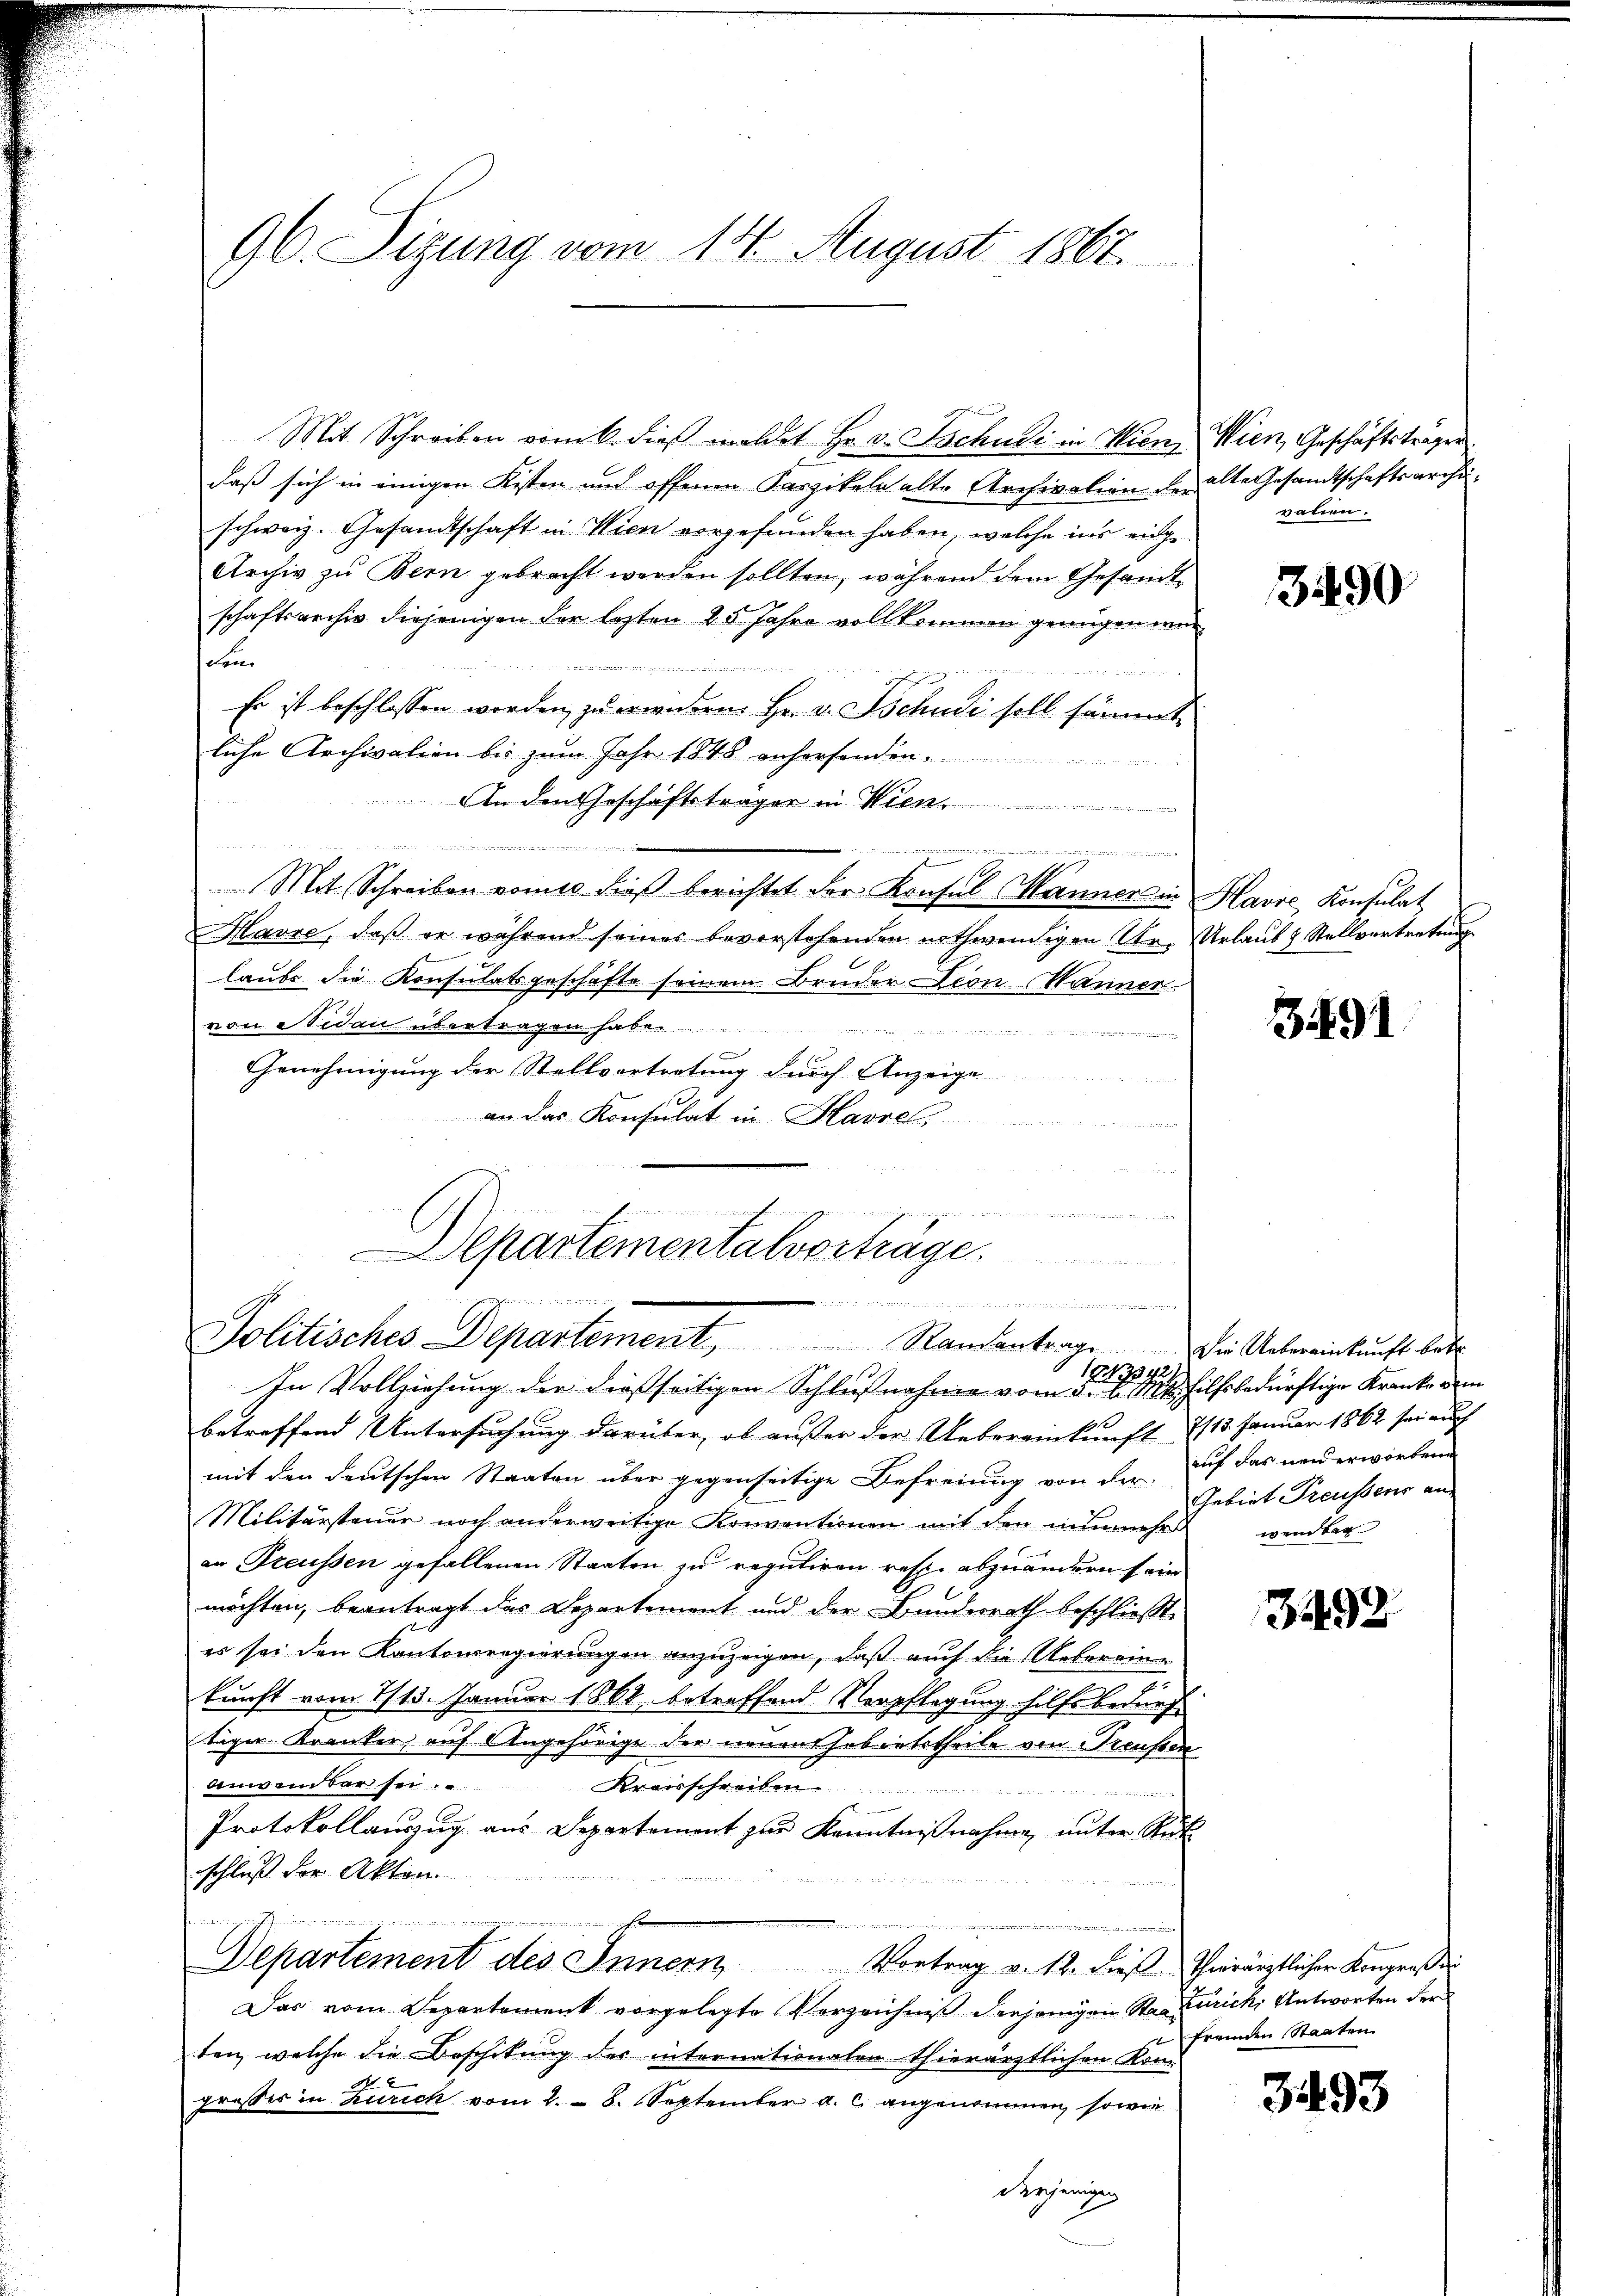
96. Sizung vom 14. August 1867.

Mit Schreiben vom 6. dieβ meldet Hr. v. Tschudi in Wienz Wien, Geschäftsträger
daß sich in einigen Kisten und offenen Kaszikeln alte Archivation der alte Gesandtschaftsarcheischweiz. Gesandtschaft in Wien vorgefunden haben, welche ins einge¬
Archiv zu Bern gebracht werden sollten, während dem Gesandtschaftsarchiv diejenigen der lezten 25 Jahre voll kommen genügen war
Lon
 Linien zu erinnereinen ein
Es ist beschlossen worden zu erwerden. Hr. v. Tschudi soll sämmt
liche Archivalien bis zum Jahr 1848 anhersenden.
An den Geschäftsträger in Wien
n

h
Mit Schreiben nomis dieβ berichtet der Konsul Manner in Havre Konsulat
Havre, daß er während seiner beverstehenden nothwendigen Ur- Urlaub & Stellvertretung
laube die Konsulatsgeschäfte seinem Bruder Dion Männer
von eiden übertragen ha
Genehmigung der Stellvertretung durch Anzeige

an das Konsulat in Harre

Departementalvorträge.
s
wrennenden
Politisches Departement, Standantrage die Uebereinkunft betr.
1243342.
In Vollziehung der dießseitigen Schlußnahme vom 5. d. Mts. hilfsbedürftige Kranken ein

valien.

betreffend Untersuchung darüber, ob ausser der Uebereinkunft 715. Januar 1862 sei auch
mit den deutschen Staaten über gegenseitige Befreiung von der auf das neu erworbene
Militärsteuer noch anderweitige Konventionen mit den nunmehr wendbar
an Preussen gefallenen Staaten zu reguliren resp. abzuändern sein
möchten, beantragt das Departement und der Bundesrath beschließt,
es sei den Kantonsregierungen anzuzeigen, daß auch die Uebereine
kunft vom 1713. Januar 1868, betreffend Verpflegung hilfsbedürf
tiger Kranker auf Angehörige der neuen habentertheile von Preußen
Anwendbar sei. Kreisschreiben.
Protokollauszug aus Departement zur Kenntnißnahme unter Rütschluß der Akten.

b. in der in irgengeschinein eine eine renden den gegenen den eines in einen
u
Departement des Innern Vortrag v. 12. dieß Thierärztlicher Kongreß di
Das vom Separtement vorgelegte Verzeichniβ derjenigen Staa Zürich Antworten der
ten, welche die Beschikung der internationalenthierärztlichen Komgroßer in Zürich vom 2. - 8. September a. c. angenommen, sowie
Diejenigen

3490

391

Gebiet Treussens an.

3492

fremden Staaten.

3493